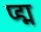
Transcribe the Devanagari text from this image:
प्द्म